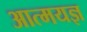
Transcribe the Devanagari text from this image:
आत्मयज्ञ